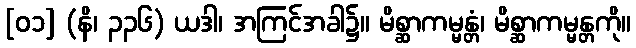
[၀၁] (နိ၊ ၃၃၆) ယဒါ၊ အကြင်အခါ၌။ မိစ္ဆာကမ္မန္တံ၊ မိစ္ဆာကမ္မန္တကို။